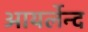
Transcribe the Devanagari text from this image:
आयर्लेन्द